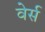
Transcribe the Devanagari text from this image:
वेर्स